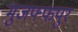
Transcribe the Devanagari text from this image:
मुजफ्फपुर